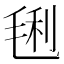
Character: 𣮂